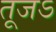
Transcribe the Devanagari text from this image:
तूजऽ